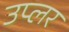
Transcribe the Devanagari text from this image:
उप्लर